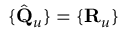
\{ \hat { \bf Q } _ { u } \} = \{ { \bf R } _ { u } \}